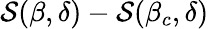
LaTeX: \mathcal{S}(\beta,\delta)-\mathcal{S}(\beta_{c},\delta)